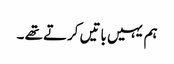
ہم یہیں باتیں کرتے تھے ۔